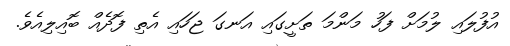
އުފުލައި ލުމަށް ފަހު މަންމަ ތަށީގައި އަނގަ ޖަހައި އެތި ފޮދެއް ބޮއިލިއެވެ.